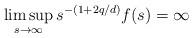
LaTeX: \begin{align*}\limsup_{s\to\infty}s^{-(1+2q/d)}f(s)=\infty\end{align*}